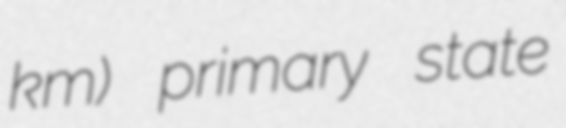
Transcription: km) primary state